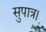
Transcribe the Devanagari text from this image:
सुपात्र।